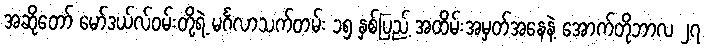
အဆိုတော် မော်ဒယ်လ်ဝမ်းတို့ရဲ့ မင်္ဂလာသက်တမ်း ၁၅ နှစ်ပြည့် အထိမ်းအမှတ်အနေနဲ့ အောက်တိုဘာလ ၂၇